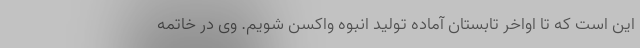
این است که تا اواخر تابستان آماده تولید انبوه واکسن شویم. وی در خاتمه